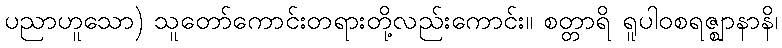
ပညာဟူသော) သူတော်ကောင်းတရားတို့လည်းကောင်း။ စတ္တာရိ ရူပါဝစရဇ္ဈာနာနိ၊